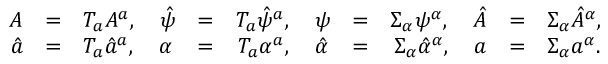
\begin{array} { r c l r c l r c l r c l } { { A } } & { { = } } & { { T _ { a } A ^ { a } , \quad \hat { \psi } } } & { { = } } & { { T _ { a } \hat { \psi } ^ { a } , \quad \psi } } & { { = } } & { { \Sigma _ { \alpha } \psi ^ { \alpha } , \quad \hat { A } } } & { { = } } & { { \Sigma _ { \alpha } \hat { A } ^ { \alpha } , } } & { { } } & { { } } & { { } } \\ { { \hat { a } } } & { { = } } & { { T _ { a } \hat { a } ^ { a } , \quad \alpha } } & { { = } } & { { T _ { a } \alpha ^ { a } , \quad \hat { \alpha } } } & { { = } } & { { \Sigma _ { \alpha } \hat { \alpha } ^ { \alpha } , \quad a } } & { { = } } & { { \Sigma _ { \alpha } a ^ { \alpha } . } } & { { } } & { { } } & { { } } \end{array}